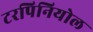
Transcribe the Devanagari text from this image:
टरपिनियोल